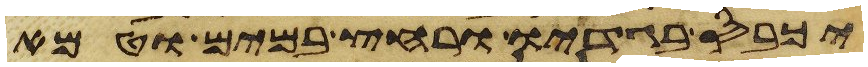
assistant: יכבס בגדיו ורחץ במים וטמא